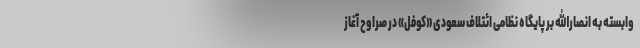
وابسته به انصارالله بر پایگاه نظامی ائتلاف سعودی «کوفل» در صراوح آغاز